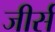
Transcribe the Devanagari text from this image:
जीर्स